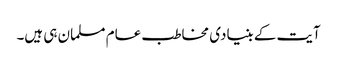
آیت کے بنیادی مخاطب عام مسلمان ہی ہیں۔